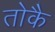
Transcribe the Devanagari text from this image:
तोकै